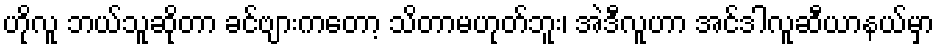
ဟိုလူ ဘယ်သူဆိုတာ ခင်ဗျားကတော့ သိတာမဟုတ်ဘူး၊ အဲဒီလူဟာ အင်ဒါလူဆီယာနယ်မှာ